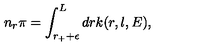
n _ { r } \pi = \int _ { r _ { + } + \epsilon } ^ { L } d r k ( r , l , E ) ,